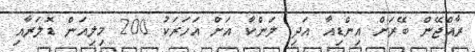
ރާއްޖޭން ބޭރަށް އިންޑިއާ އަދި ލަންކާ އަށް އަހަރަކު 200 މިލިއަން ޑޮލަރާއި